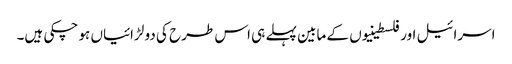
اسرائیل اور فلسطینیوں کے مابین پہلے ہی اس طرح کی دو لڑائیاں ہو چکی ہیں۔